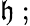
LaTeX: {\mathfrak{h}}~;